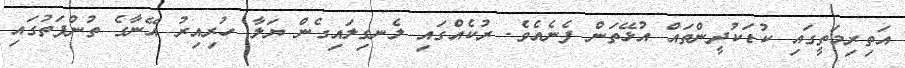
އަތިރިމަތީގައި ކުޑަކުދީންތައް އުޅޭތަން ފެނެއެވެ. ރުކެއްގައި ލެނގިލައިގެން ޔަލާ ހުރިއިރު އޭނާގެ ތުންފަތުގައި